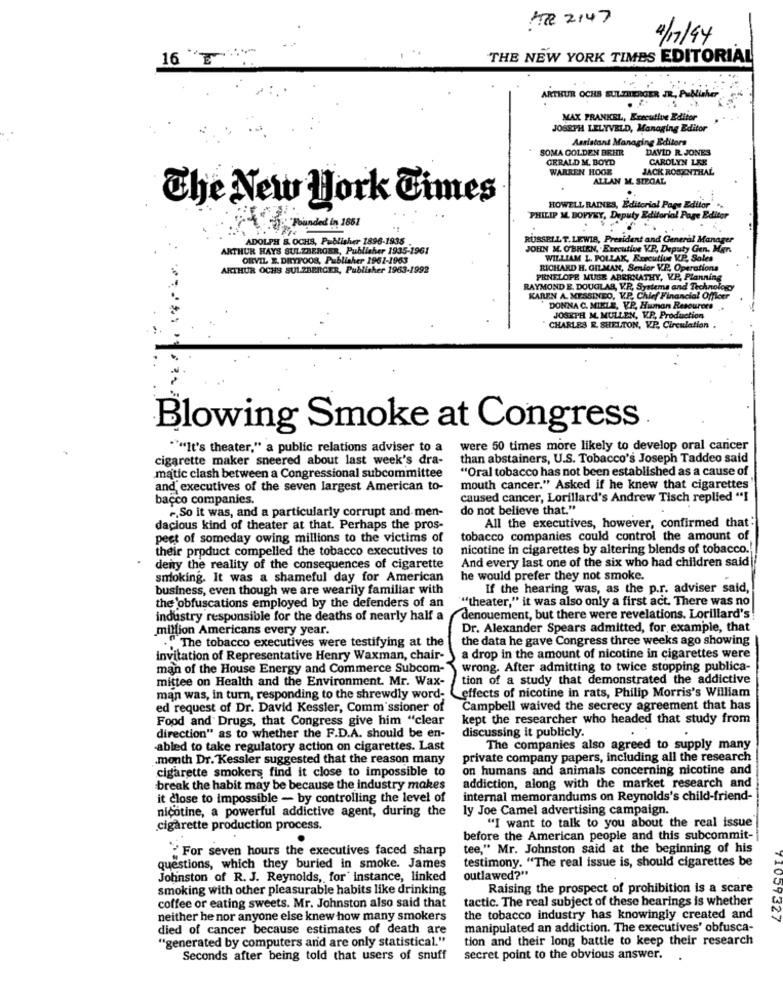
AT 2147
2/17/94
16 E
THE NEW YORK TIMES EDITORIAL
ARTHUR OCHS SULZBERGER JR ., Publisher
MAX PRANKEL, Executive Editor
JOSEPH LELYVELD, Managing Editor
Assistant Managing Editors
SOMA GOLDEN BRHR
DAVID R. JONES
GERALD M. BOYD
CAROLYN LEK
WARREN HOOK
JACK ROSENTHAL
ALLAN M. STEGAL
The New york Times
HOWELL RAINES, Editorial Page Editor"
PHILIP ML. BOFYKY, Deputy Editorial Page Editor
Founded in 1861
ADOLPH &. OCHS, Publisher 1896-1938
RUSSELL T. LEWIA, President and General Manager
ARTHUR HAYS SULZBERGER, Publisher 1935-1961
JOHN M. O'BRIEN, . Executive VP, Deputy Gen. Mars
ORVIL E. DRYFOOR, Publisher 1961-1963
WILLIAM L. POLLAK, Executive KP, Soles
ARTHUR OCHS SULZBERGER, Publisher 1963-1992
RICHARD H. GILMAN, Senior V.P. Operations
PENELOPE MUSE ABERNATHY, VP, Planning
RAYMOND E. DOUGLAS, V.R ., Systems and Technology
KAREN A. MESSINEO, V.P ., Chief Financial Officer
DONNA C. MIKLE, VP, Human Resourers
JOSEPH M. MULLEN, V.P ., Production
CHARLES R. SHELTON, V.P ., Circulation
Blowing Smoke at Congress
"""It's theater," a public relations adviser to a
were 50 times more likely to develop oral cancer
cigarette maker sneered about last week's dra-
than abstainers, U.S. Tobacco's Joseph Taddeo said
"Oral tobacco has not been established as a cause of
matic clash between a Congressional subcommittee
and executives of the seven largest American to-
mouth cancer." Asked if he knew that cigarettes
bacco companies.
caused cancer, Lorillard's Andrew Tisch replied "I
~, So it was, and a particularly corrupt and men-
do not believe that."
dacious kind of theater at that. Perhaps the pros-
All the executives, however, confirmed that:
pest of someday owing millions to the victims of
tobacco companies could control the amount of
their product compelled the tobacco executives to
nicotine in cigarettes by altering blends of tobacco .!
deny the reality of the consequences of cigarette
And every last one of the six who had children said
smoking. It was a shameful day for American
he would prefer they not smoke.
business, even though we are wearily familiar with
If the hearing was, as the p.r. adviser said,
"""theater," it was also only a first act. There was no
the obfuscations employed by the defenders of an
industry responsible for the deaths of nearly half a
denouement, but there were revelations. Lorillard's
million Americans every year.
Dr. Alexander Spears admitted, for example, that
the data he gave Congress three weeks ago showing
."The tobacco executives were testifying at the
invitation of Representative Henry Waxman, chair-
a drop in the amount of nicotine in cigarettes were
man of the House Energy and Commerce Subcom-
wrong. After admitting to twice stopping publica-
mittee on Health and the Environment. Mr. Wax-
tion of a study that demonstrated the addictive
man was, in turn, responding to the shrewdly word-
effects of nicotine in rats, Philip Morris's William
ed request of Dr. David Kessler, Commissioner of
Campbell waived the secrecy agreement that has
Food and Drugs, that Congress give him "clear
kept the researcher who headed that study from
direction" as to whether the F.D.A. should be en-
discussing it publicly.
-abled to take regulatory action on cigarettes. Last
The companies also agreed to supply many
month Dr. Kessler suggested that the reason many
private company papers, including all the research
cigarette smokers find it close to impossible to
on humans and animals concerning nicotine and
break the habit may be because the industry makes
addiction, along with the market research and
it close to impossible - by controlling the level of
internal memorandums on Reynolds's child-friend-
nicotine, a powerful addictive agent, during the
ly Joe Camel advertising campaign.
cigarette production process.
"I want to talk to you about the real issue
before the American people and this subcommit-
For seven hours the executives faced sharp
tee," Mr. Johnston said at the beginning of his
questions, which they buried in smoke. James
testimony. "The real issue is, should cigarettes be
Johnston of R. J. Reynolds, for instance, linked
outlawed?"
smoking with other pleasurable habits like drinking
Raising the prospect of prohibition is a scare
tactic. The real subject of these hearings is whether
coffee or eating sweets. Mr. Johnston also said that
neither he nor anyone else knew how many smokers
the tobacco industry has knowingly created and
1007327
died of cancer because estimates of death are
manipulated an addiction. The executives' obfusca-
"generated by computers and are only statistical."
tion and their long battle to keep their research
Seconds after being told that users of snuff
secret point to the obvious answer.